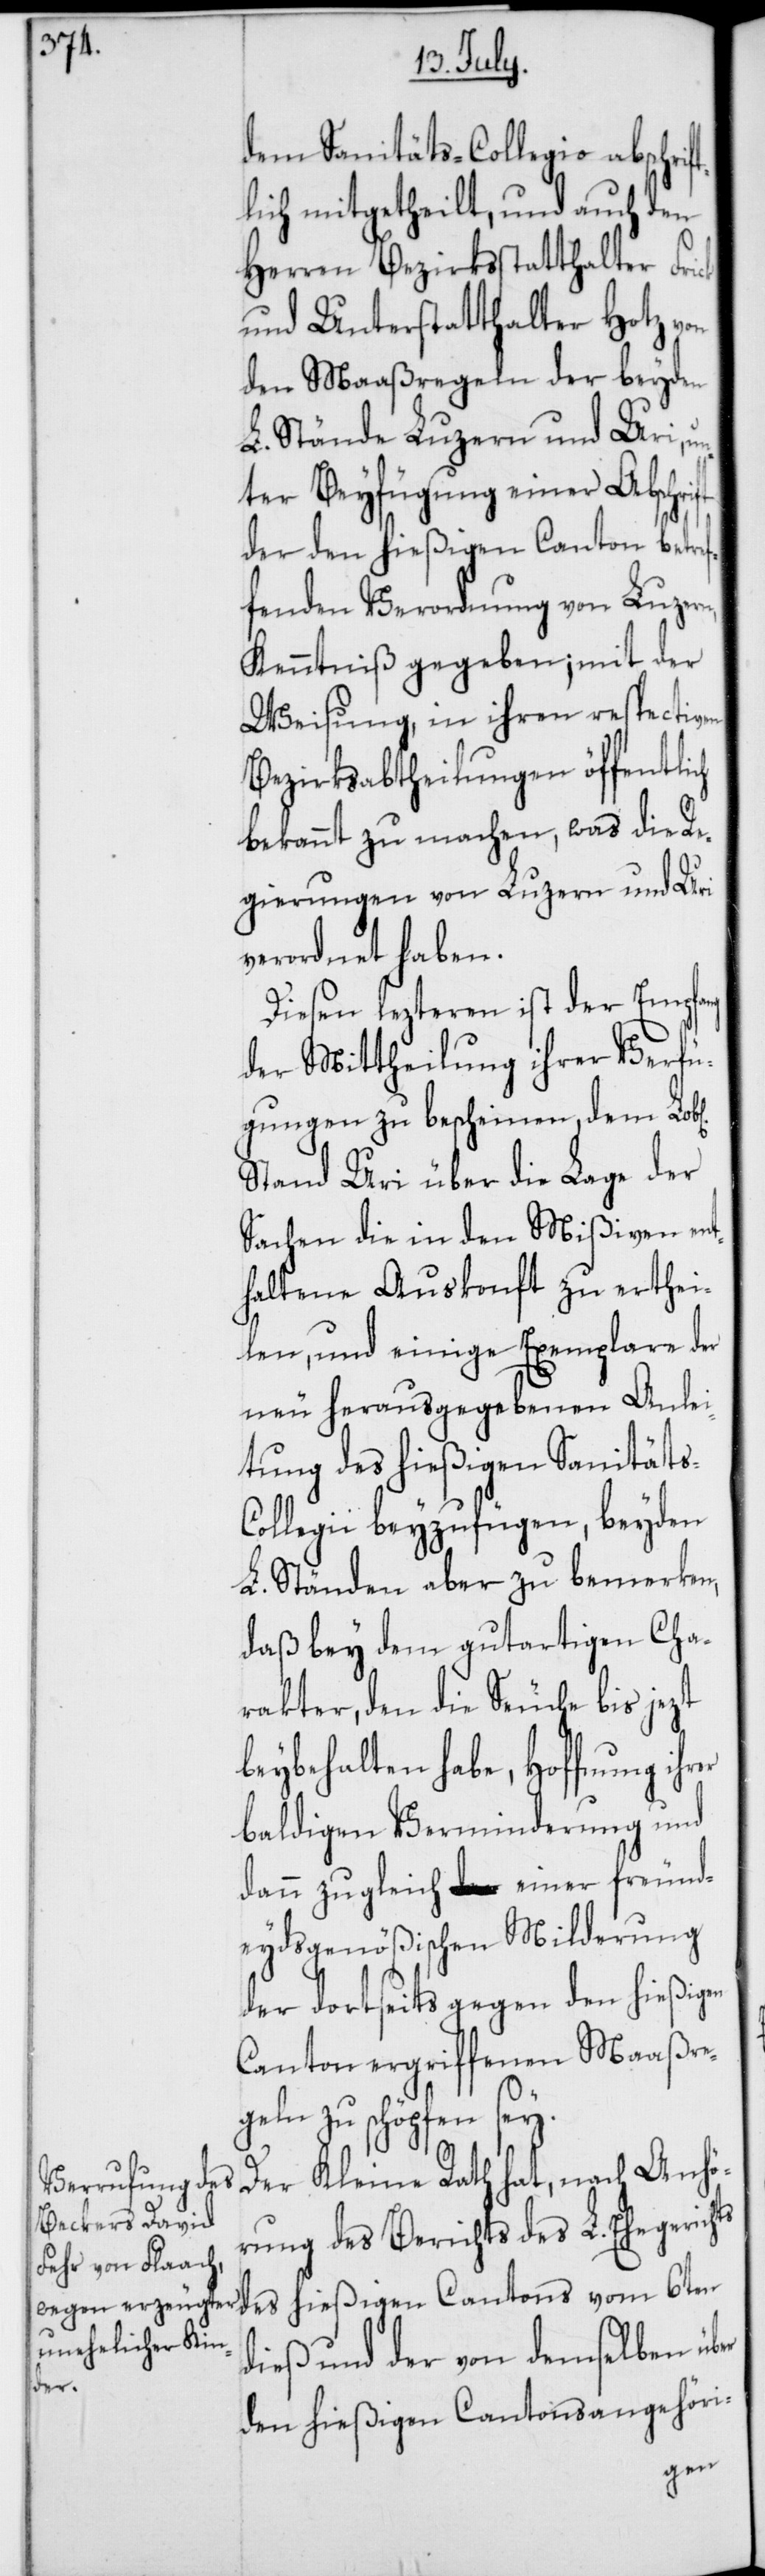
ft¬

er

dem Sanitäts-Collegio abschri¬
lich mitgetheilt, und auch den
Herren Bezirksstatthalter Frick
und Unterstatthalter Hotz von
den Maaßregeln der beyden
L. Stände Luzern und Uri, u¬
nter Beyfügung einer Abschrift
der den hießigen Canton betre¬
ffenden Verordnung von Luzern,
Kenntniß gegeben; mit der
Weisung, in ihren respectiven
Bezirksabtheilungen öffentlich
bekannt zu machen, was die Re¬
gierungen von Luzern und Uri
verordnet haben.
Diesen lezteren ist der Empfang
der Mittheilung ihrer Verfü¬
gungen zu bescheinen, dem Lob[l¬
Stand Uri über die Lage der
Sachen die in den Mißiven ent¬
haltene Auskunft zu erthei¬
len, und einige Exemplare der
neu herausgegebenen Anlei¬
tung des hießigen Sanitäts-C¬
ollegii beyzufügen, beyden
L. Ständen aber zu bemerken,
daß bey dem gutartigen Cha¬
rakter, den die Seuche bis jezt
beybehalten habe, Hoffnung ihr¬
baldigen Verminderung und
dann zugleich einer freund¬
eydsgenößischen Milderung
der dortseits gegen den hießigen
Canton ergriffenen Maaßre¬
geln zu schöpfen sey.
Der Kleine Rath hat, nach Anhö¬
rung des Berichts des L. Ehegerichts
des hießigen Cantons vom 6ten
dieß und der von demselben über
den hießigen Cantonsangehöri-
ichen]